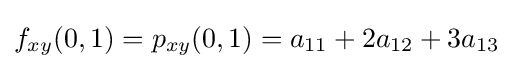
f_{xy}(0,1)=p_{xy}(0,1)=a_{11}+2a_{12}+3a_{13}